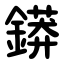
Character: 䥈